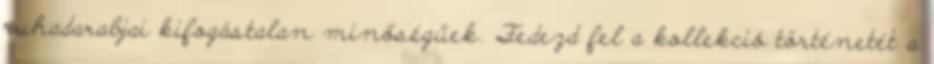
ruhadarabjai kifogástalan minőségűek. Fedezd fel a kollekció történetét a